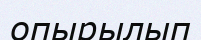
опырылып